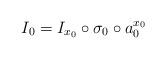
LaTeX: \begin{align*}I_0=I_{x_0}\circ\sigma_0 \circ a_0^{x_0} \end{align*}